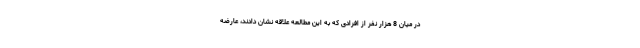
در میان 8 هزار نفر از افرادی که به این مطالعه علاقه نشان دادند، عارضه